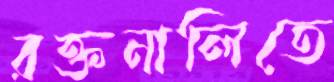
রক্তনালিতে